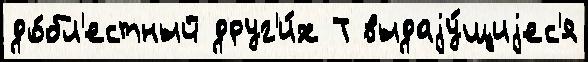
до́бл'естный друг'и́х Т выдаjу́щиjес'я